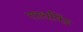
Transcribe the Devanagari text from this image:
तारापिंड